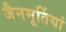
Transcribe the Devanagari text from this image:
जैनमूर्तियां